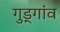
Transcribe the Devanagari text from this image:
गुड्गांव